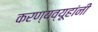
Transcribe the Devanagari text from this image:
करण्यव्यूहांनी